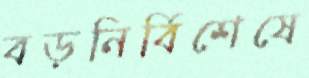
বড়নির্বিশেষে